system: You are a helpful assistant.
user:
Analyze the provided spectrum to determine if it is a **White Dwarf (WD)**.

A White Dwarf spectrum is defined by its **extreme purity** (due to gravitational settling) and/or **extreme pressure broadening** (due to high surface gravity). You must check for one of the following mutually exclusive signatures:

- **Key Visual Indicators (Check for ONE of these types):**

    - **1. DA-Type Signature (Most Common):**
        - **(Primary Feature):** Extreme pressure broadening (Stark broadening) of the **Hydrogen (H) Balmer lines**.
        - **(Key Lines):** $H\beta$ (approx. $4861$ Å) and $H\gamma$ (approx. $4340$ Å). $H\alpha$ (approx. $6563$ Å) will also be present if the wavelength range covers it.
        - **(Line Profile):** This is the **defining feature**. The lines are **NOT** sharp. They appear as massive, **extremely broad and deep "troughs" or "dips"** in the spectrum, often hundreds of Ångströms wide. The continuum will appear to "scoop" down at these wavelengths.
        - **(Distinction):** Normal A-type or B-type stars have *narrow* and *sharp* Hydrogen lines. A DA White Dwarf's lines are unmistakably "smeared" or "blurry" from pressure.

    - **2. DB-Type Signature:**
        - **(Primary Feature):** Broad absorption lines from **Neutral Helium (He I)**. The spectrum must lack any visible Hydrogen lines.
        - **(Key Lines):** Look for broad absorption near $4471$ Å, $4921$ Å, and $5876$ Å.
        - **(Line Profile):** These lines are also significantly pressure-broadened, appearing much wider than they would in a normal B-type main-sequence star.

    - **3. DC-Type Signature:**
        - **(Primary Feature):** A **featureless continuous spectrum**.
        - **(Line Profile):** The spectrum is a smooth curve with **no significant absorption or emission lines**.
        - **(Key Confirmation):** The continuum is almost always **blue or white**, indicating a hot object. This signature implies the atmosphere is so pure (or so cool) that no spectral lines are visible in the optical range. Its WD identity is confirmed by its extremely low intrinsic brightness (high absolute magnitude).

    - **4. DZ-Type Signature (Metal-Polluted):**
        - **(Primary Feature):** **Isolated, narrow metal absorption lines** on an otherwise featureless (DC-like) continuum.
        - **(Key Lines):** The **Calcium (Ca II) H & K doublet** (approx. **$3934$ Å** and **$3968$ Å**) is the most common and defining feature.
        - **(Line Profile):** These lines are "out of place." They are *not* part of a "forest" of thousands of lines. This signature is evidence of recent *accretion* (pollution) from rocky debris.
        - **(Distinction):** Normal G/K/M stars have a *dense forest* of thousands of metal lines. A DZ has a *clean* continuum with *only a few* strong metal lines.

    - **5. DQ-Type Signature (Carbon-Polluted):**
        - **(Primary Feature):** Absorption bands from **Carbon (C₂ "Swan Bands" or atomic C I)**.
        - **(Key Lines - C₂):** Look for bandheads with a "saw-tooth" shape near $5635$ Å, **$5165$ Å** (strongest), and $4737$ Å.
        - **(Key Confirmation):** The underlying **continuum must be blue or white** (hot).
        - **(Distinction):** This is the critical difference from a **Carbon Star**, which has the *exact same* C₂ bands but on an extremely **red, cool** continuum.

- **(Overall Spectrum):**
    - The continuum (overall shape) is typically **blue-sloping** (brighter in the blue than the red), as most white dwarfs are very hot.
    - The spectrum will look "pure" or "simple," dominated by only *one* of the five signatures listed above.

Think first, call **spectral_visualization_tool** if needed to examine features in detail, then provide your final answer. Your response must adhere to the following strict rules:
1.  **Overall Structure:** Your response must follow the format `<think>...</think> <tool_call>...</tool_call> (if a tool is used) <answer>...</answer>`.
2.  **Tool Usage Constraint:** You may only make **one** tool call per turn.
3.  **Final Answer Format:** In the `<answer>` tag, your conclusion must be inside a `\boxed{}` command (e.g., `\boxed{YES}` or `\boxed{NO}`), followed by your justification.

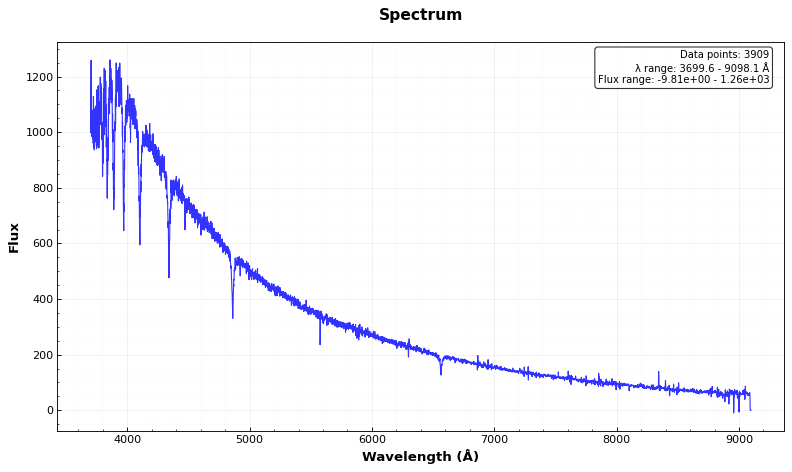
Answer: YES